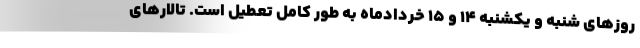
روزهای ‌شنبه و یکشنبه ۱۴ و ۱۵ خردادماه به طور کامل تعطیل است. تالارهای